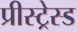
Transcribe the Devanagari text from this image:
प्रीस्ट्रेस्ड